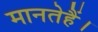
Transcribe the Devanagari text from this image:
मानतेहैं।